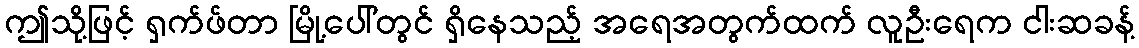
ဤသို့ဖြင့် ရှက်ဖ်တာ မြို့ပေါ်တွင် ရှိနေသည့် အရေအတွက်ထက် လူဦးရေက ငါးဆခန့်